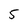
Character: 5